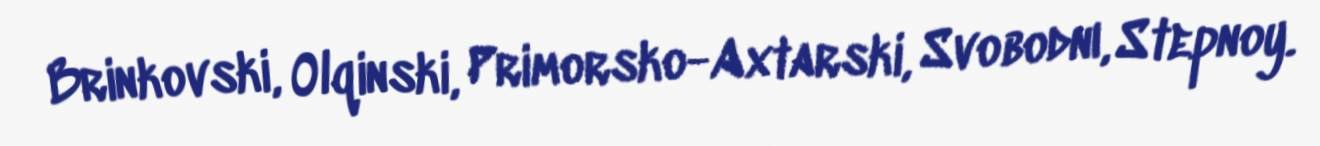
Brinkovski, Olqinski, Primorsko-Axtarski, Svobodnı, Stepnoy.